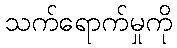
သက်ရောက်မှုကို